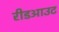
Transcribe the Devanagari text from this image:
रीडआउट